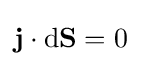
\mathbf {j} \cdot \mathrm {d} \mathbf {S} =0